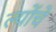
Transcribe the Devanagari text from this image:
ल्योंचे